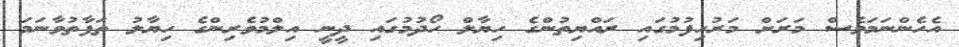
އެހެންނަމަވެސް މަރަށް މަރުހިފުމުގައި ރައްޔިތުންގެ ހިޔާލް ހޯދުމުގައި ދީނީ އިލްމުވެރިންގެ ހިޔާލު ތަފާތުވާނަމަ